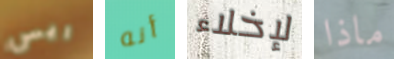
ريس أنه لإخلاء ماذا